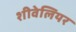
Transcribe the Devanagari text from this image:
शीवेलियर